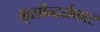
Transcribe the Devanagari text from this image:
भूसौन्दर्यकार